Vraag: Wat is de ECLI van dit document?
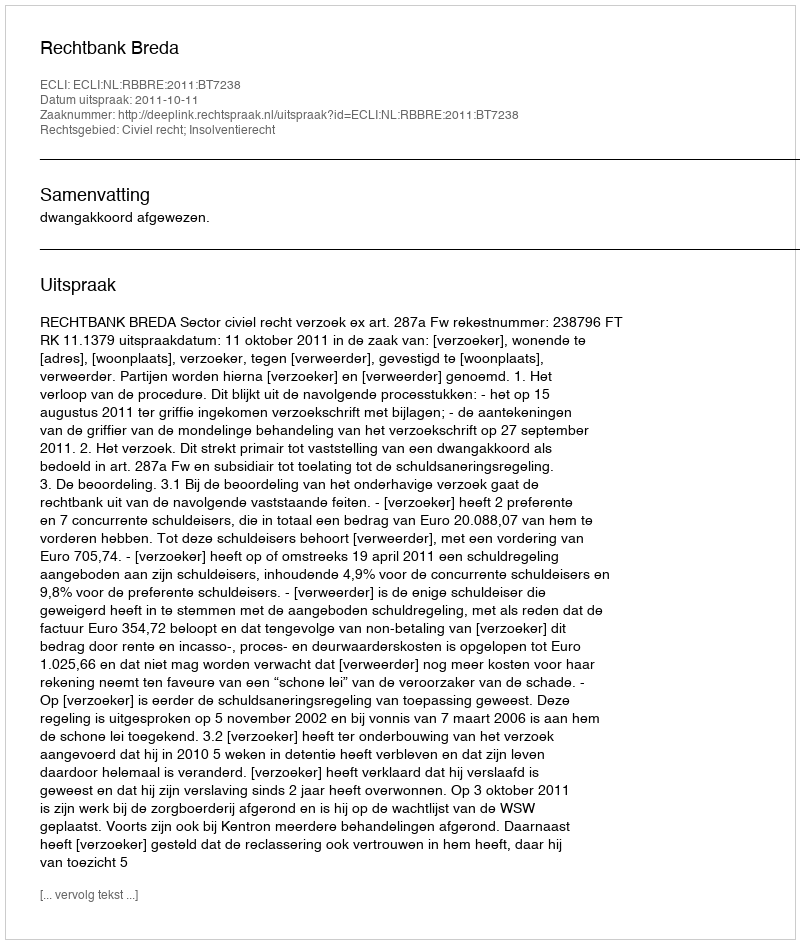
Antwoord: ECLI:NL:RBBRE:2011:BT7238